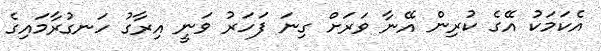
އެކަމަކު އޭގެ ކުރިން އޭނާ ވަރަށް ގިނަ ފަހަރު ވަނީ އިރާގު ހަނގުރާމައިގެ